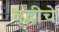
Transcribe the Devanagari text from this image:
वृद्धीचे